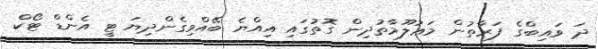
ދަ ވައިބްގެ ފަރާތުން މަޢުލޫމާތުދިން ގޮތުގައި އިއްޔެ ބޭއްވިގެންދިޔަ ޓީ އެންޑް ޓޯކް